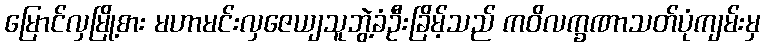
မြောင်လှမြို့စား မဟာမင်းလှဇေယျသူဘွဲ့ခံဦးခြိမ့်သည် ကဝိလက္ခဏာသတ်ပုံကျမ်းမှ